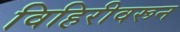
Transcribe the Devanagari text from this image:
विहिरीवरून